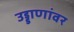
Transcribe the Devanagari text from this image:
उड्डाणांवर